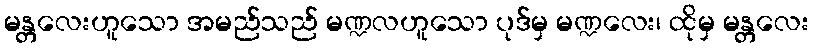
မန္တလေးဟူသော အမည်သည် မဏ္ဍလဟူသော ပုဒ်မှ မဏ္ဍလေး၊ ထိုမှ မန္တလေး